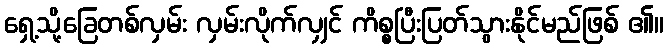
ရှေ့သို့ခြေတစ်လှမ်း လှမ်းလိုက်လျှင် ကိစ္စပြီးပြတ်သွားနိုင်မည်ဖြစ် ၏။